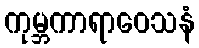
ကုမ္ဘကာရာဝေသနံ